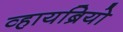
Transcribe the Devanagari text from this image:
व्हायब्रियो